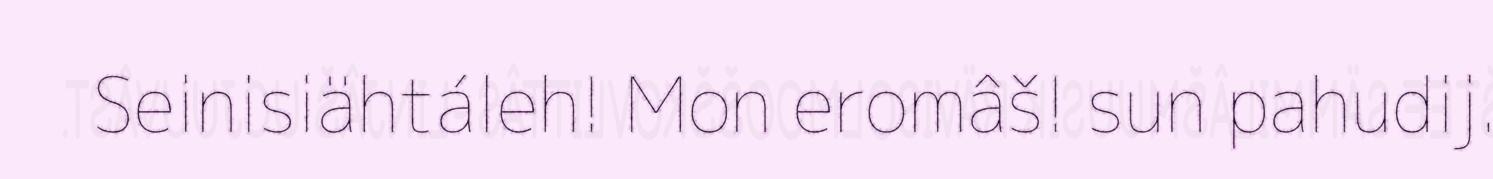
Seinisiähtáleh! Mon eromâš! sun pahudij.